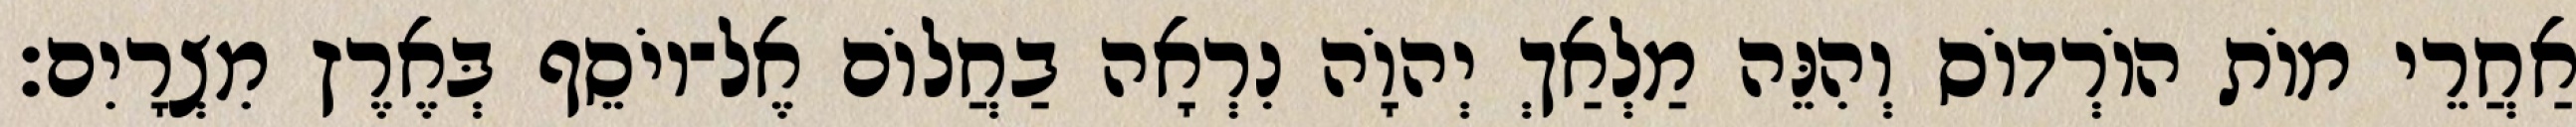
אַחֲרֵי מוֹת הוֹרְדוֹס וְהִנֵּה מַלְאַךְ יְהוָֹה נִרְאָה בַחֲלוֹם אֶל־יוֹסֵף בְּאֶרֶץ מִצְרָיִם׃